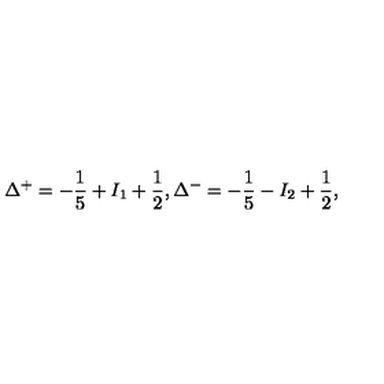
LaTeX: \Delta ^ { + } = - \frac { 1 } { 5 } + I _ { 1 } + \frac { 1 } { 2 } , \Delta ^ { - } = - \frac { 1 } { 5 } - I _ { 2 } + \frac { 1 } { 2 } ,